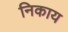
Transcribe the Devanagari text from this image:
निकाय